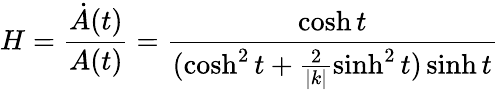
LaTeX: H=\frac{\dot{A}(t)}{A(t)}=\frac{\cosh t}{(\cosh^{2}t+\frac{2}{|k|}\sinh^{2}t)\sinh t}